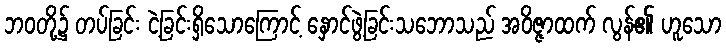
ဘဝတို့၌ တပ်ခြင်း ငဲ့ခြင်းရှိသောကြောင့် နှောင်ဖွဲ့ခြင်းသဘောသည် အဝိဇ္ဇာထက် လွန်၏ ဟူသော